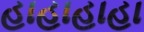
હાહાહાહા